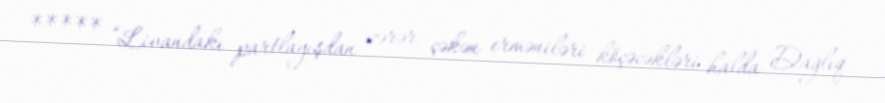
***** “Livandakı partlayışdan zərər çəkən erməniləri köçəcəkləri halda Dağlıq